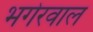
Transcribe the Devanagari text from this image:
भगेरवाल